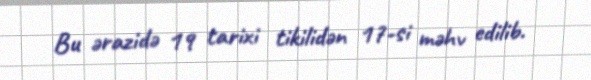
Bu ərazidə 19 tarixi tikilidən 17-si məhv edilib.